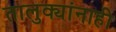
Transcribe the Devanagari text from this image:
तालुक्यांनाही